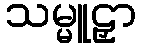
သမ္မူဠှာ